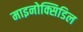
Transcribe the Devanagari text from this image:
माइनोक्सिडिल